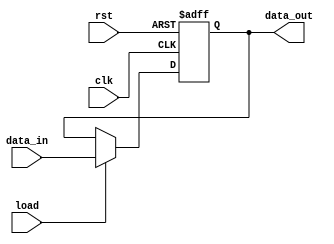
module D_flop (data_out, data_in, load, clk, rst);
  output 		data_out;
  input 		data_in;
  input 		load;
  input 		clk, rst;
  reg 		data_out;

  always @ (posedge clk or negedge rst)
	if (rst == 0) 
		data_out <= 0			; 
	else if (load == 1)
		data_out <= data_in	;
	 
endmodule